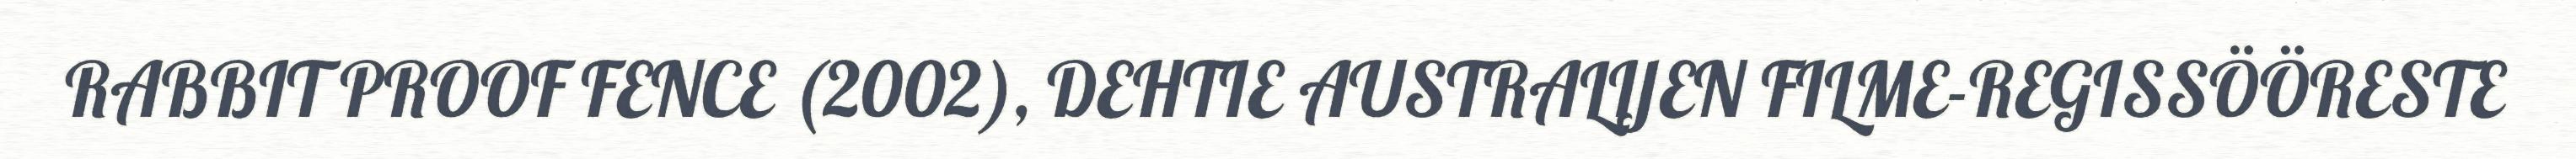
RABBIT PROOF FENCE (2002), DEHTIE AUSTRALIJEN FILME-REGISSÖÖRESTE